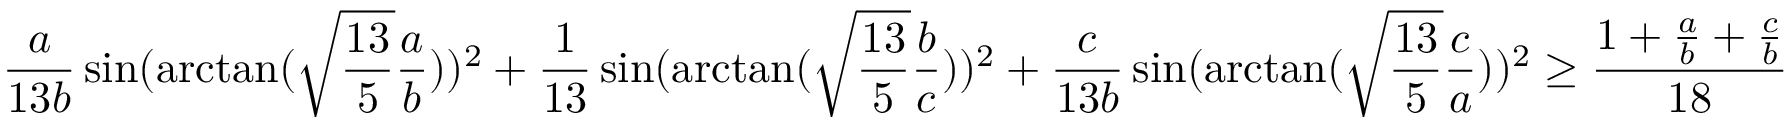
\frac { a } { 1 3 b } \sin ( \arctan ( \sqrt { \frac { 1 3 } { 5 } } \frac { a } { b } ) ) ^ { 2 } + \frac { 1 } { 1 3 } \sin ( \arctan ( \sqrt { \frac { 1 3 } { 5 } } \frac { b } { c } ) ) ^ { 2 } + \frac { c } { 1 3 b } \sin ( \arctan ( \sqrt { \frac { 1 3 } { 5 } } \frac { c } { a } ) ) ^ { 2 } \geq \frac { 1 + \frac { a } { b } + \frac { c } { b } } { 1 8 }